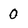
Character: 0